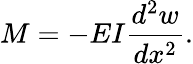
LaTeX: M=-EI{\frac{d^{2}w}{dx^{2}}}.